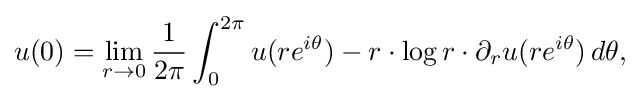
\displaystyle {u(0)=\lim _{r\rightarrow 0}{1 \over 2\pi }\int _{0}^{2\pi }u(re^{i\theta })-r\cdot \log r\cdot \partial _{r}u(re^{i\theta })\,d\theta ,}